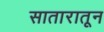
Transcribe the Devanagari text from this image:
सातारातून